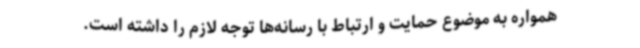
همواره به موضوع حمایت و ارتباط با رسانه‌ها توجه لازم را داشته است.